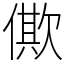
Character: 僛